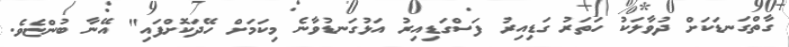
ގާތްގަނޑަކަށް ދުވާލަކު ހަތަރު ގަޑިއިރު ފަސްގަޑިއިރު އަޅުގަނޑުވާނެ މިކަމަށް ހޭދަކޮށްފައި" އޭނާ ބުންޏެވެ.